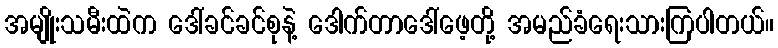
အမျိုးသမီးထဲက ဒေါ်ခင်ခင်စုနဲ့ ဒေါက်တာဒေါ်ဖေ့တို့ အမည်ခံရေးသားကြပါတယ်။